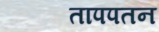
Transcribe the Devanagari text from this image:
तापपतन